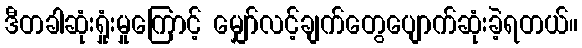
ဒီတခါဆုံးရှုံးမှုကြောင့် မျှော်လင့်ချက်တွေပျောက်ဆုံးခဲ့ရတယ်။